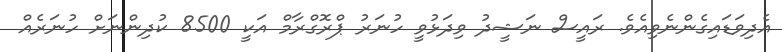
އެދިވަޑައިގެންނެވިއެވެ. ރައީސް ނަޝީދު ވިދަޅުވީ ހުނަރު ޕްރޮގްރާމް އަކީ 8500 ކުދިންނަށް ހުނަރެއް